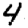
Digit: 4